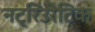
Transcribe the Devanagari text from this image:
नट्रिउरेटिक